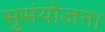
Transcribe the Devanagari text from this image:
सुसंयोजना